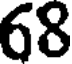
68